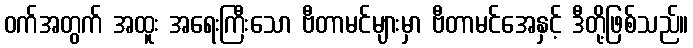
ဝက်အတွက် အထူး အရေးကြီးသော ဗီတာမင်များမှာ ဗီတာမင်အေနှင့် ဒီတို့ဖြစ်သည်။